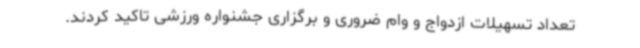
تعداد تسهیلات ازدواج و وام ضروری و برگزاری جشنواره ورزشی تاکید کردند.